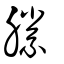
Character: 縢